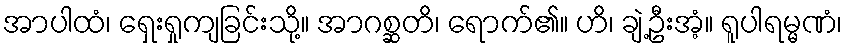
အာပါထံ၊ ရှေးရှုကျခြင်းသို့။ အာဂစ္ဆတိ၊ ရောက်၏။ ဟိ၊ ချဲ့ဦးအံ့။ ရူပါရမ္မဏံ၊